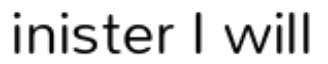
inister I will